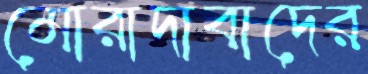
মোরাদাবাদের